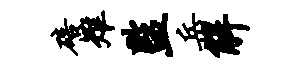
碚雉监岳解